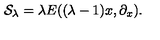
{ \cal S } _ { \lambda } = \lambda E ( ( \lambda - 1 ) x , \partial _ { x } ) .